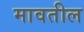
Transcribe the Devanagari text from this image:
मावतील